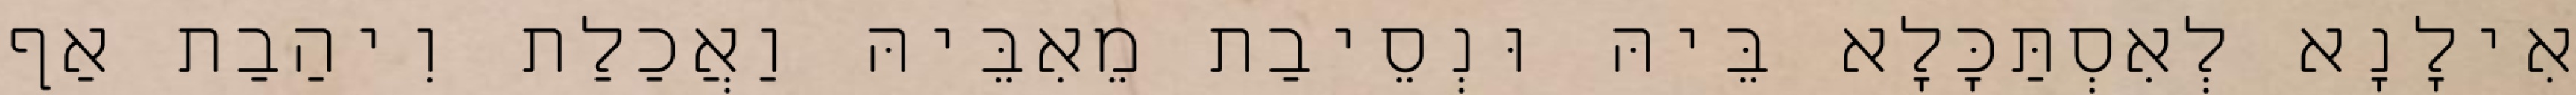
אִילָנָא לְאִסְתַּכָּלָא בֵּיהּ וּנְסֵיבַת מֵאִבֵּיהּ וַאֲכַלַת וִיהַבַת אַף